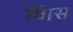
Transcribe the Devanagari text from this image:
विास